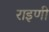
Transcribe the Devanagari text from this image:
राइणी